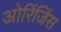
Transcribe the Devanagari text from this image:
ओरिंजिंस